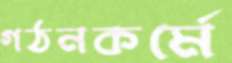
গঠনকর্মে